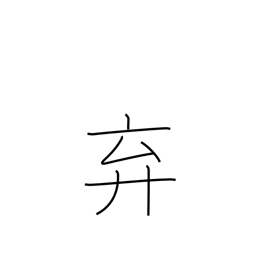
Meaning: abandon